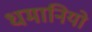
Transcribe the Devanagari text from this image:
धमानियो